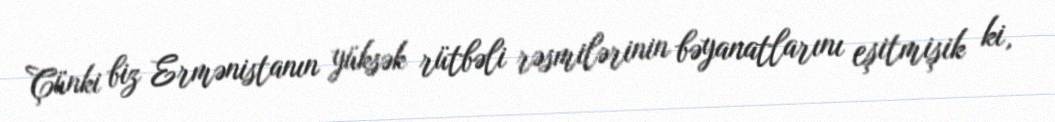
Çünki biz Ermənistanın yüksək rütbəli rəsmilərinin bəyanatlarını eşitmişik ki,